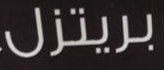
بريتزل